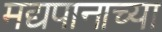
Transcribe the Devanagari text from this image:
मद्यपानाच्या